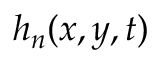
h _ { n } ( x , y , t )